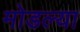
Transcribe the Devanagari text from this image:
मोडल्या